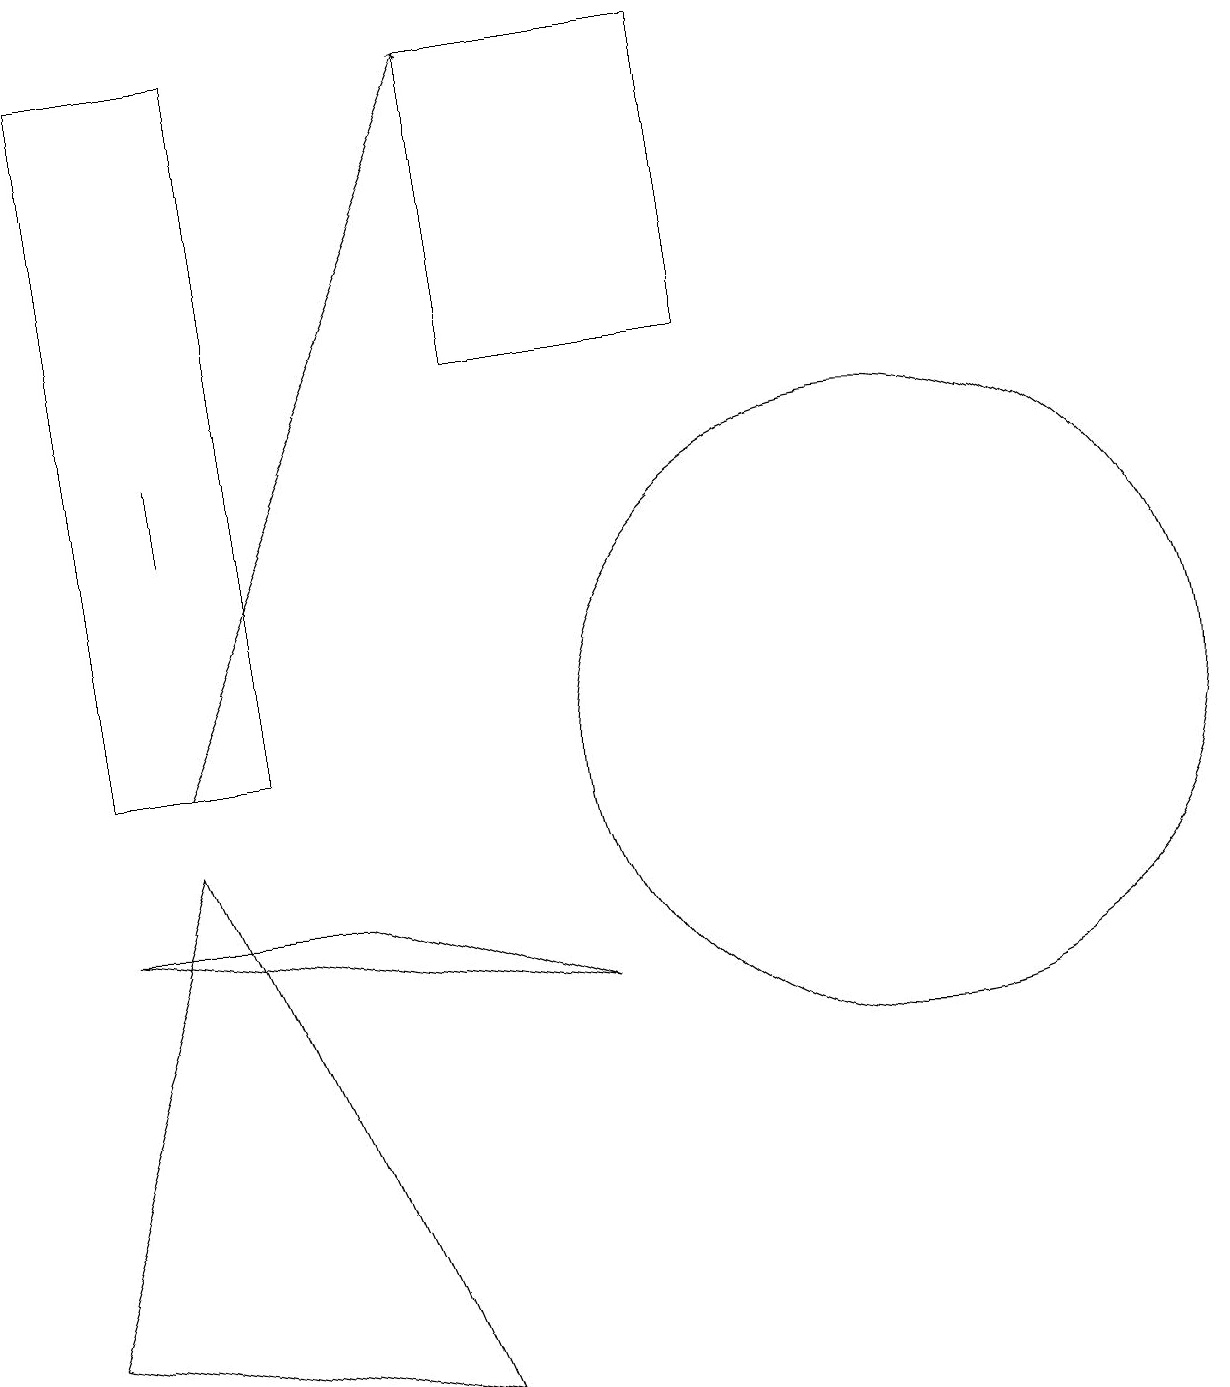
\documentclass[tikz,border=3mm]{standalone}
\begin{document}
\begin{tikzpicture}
\draw (2,13) rectangle (2,14);
\draw (11,10) circle (4);
\draw (1,8) -- (7,7) -- (4,8) -- cycle;
\draw (1,10) rectangle (3,19);
\draw (2,9) -- (5,2) -- (0,3) -- cycle;
\draw (9,15) rectangle (6,19);
\draw[->] (2,10) -- (6,19);
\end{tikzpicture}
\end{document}